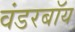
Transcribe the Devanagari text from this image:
वंडरबॉय